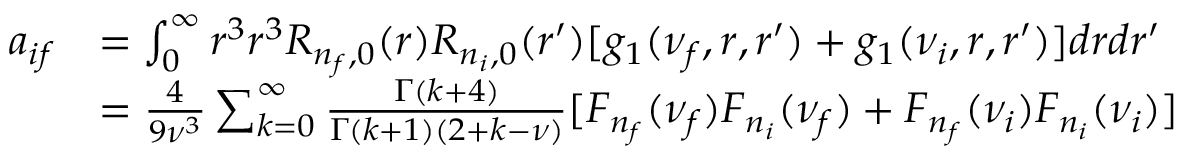
\begin{array} { r l } { a _ { i f } } & { = \int _ { 0 } ^ { \infty } r ^ { 3 } r ^ { 3 } R _ { n _ { f } , 0 } ( r ) R _ { n _ { i } , 0 } ( r ^ { \prime } ) [ g _ { 1 } ( \nu _ { f } , r , r ^ { \prime } ) + g _ { 1 } ( \nu _ { i } , r , r ^ { \prime } ) ] d r d r ^ { \prime } } \\ & { = \frac { 4 } { 9 \nu ^ { 3 } } \sum _ { k = 0 } ^ { \infty } \frac { \Gamma ( k + 4 ) } { \Gamma ( k + 1 ) ( 2 + k - \nu ) } [ F _ { n _ { f } } ( \nu _ { f } ) F _ { n _ { i } } ( \nu _ { f } ) + F _ { n _ { f } } ( \nu _ { i } ) F _ { n _ { i } } ( \nu _ { i } ) ] } \end{array}